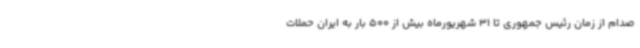
صدام از زمان رئیس جمهوری تا 31 شهریورماه بیش از 500 بار به ایران حملات